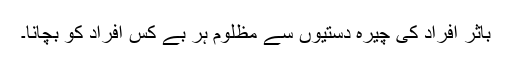
باثر افراد کی چیرہ دستیوں سے مظلوم ہر بے کس افراد کو بچانا۔